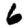
Digit: 6